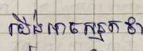
យើងអាចសន្មតថា